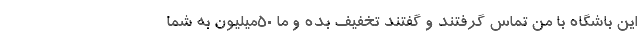
این باشگاه با من تماس گرفتند و گفتند تخفیف بده و ما 50میلیون به شما